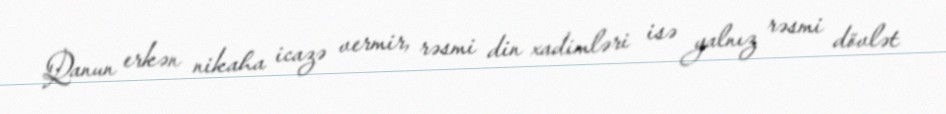
Qanun erkən nikaha icazə vermir, rəsmi din xadimləri isə yalnız rəsmi dövlət